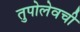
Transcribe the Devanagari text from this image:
तुपोलेवची